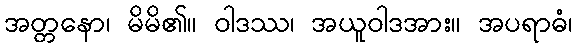
အတ္တနော၊ မိမိ၏။ ဝါဒဿ၊ အယူဝါဒအား။ အပရာဓံ၊